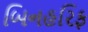
બિનહરિફ